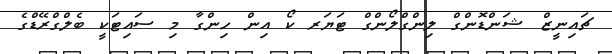
ޗައިނީޒް ޝަންޑޮންގް ލިންގްލޯންގް ޓަޔަރ ކޯ އިން ހިންގާ މި ސައިޓަކީ ބެލްގްރޭޑްގެ